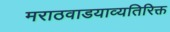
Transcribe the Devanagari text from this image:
मराठवाडयाव्यतिरिक्त